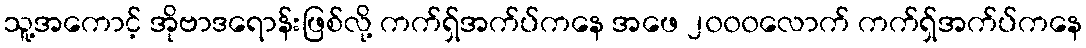
သူ့အကောင့် အိုဗာဒရောန်းဖြစ်လို့ ကက်ရှ်အက်ပ်ကနေ အဖေ ၂၀၀၀လောက် ကက်ရှ်အက်ပ်ကနေ